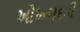
ખોખળદડી